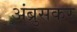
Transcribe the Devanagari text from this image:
अंब्रुसकर